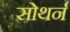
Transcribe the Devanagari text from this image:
सोथर्न